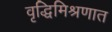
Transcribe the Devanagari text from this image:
वृद्धिमिश्रणात